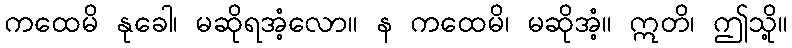
ကထေမိ နုခေါ၊ မဆိုရအံ့လော။ န ကထေမိ၊ မဆိုအံ့။ ဣတိ၊ ဤသို့။